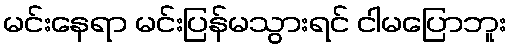
မင်းနေရာ မင်းပြန်မသွားရင် ငါမပြောဘူး